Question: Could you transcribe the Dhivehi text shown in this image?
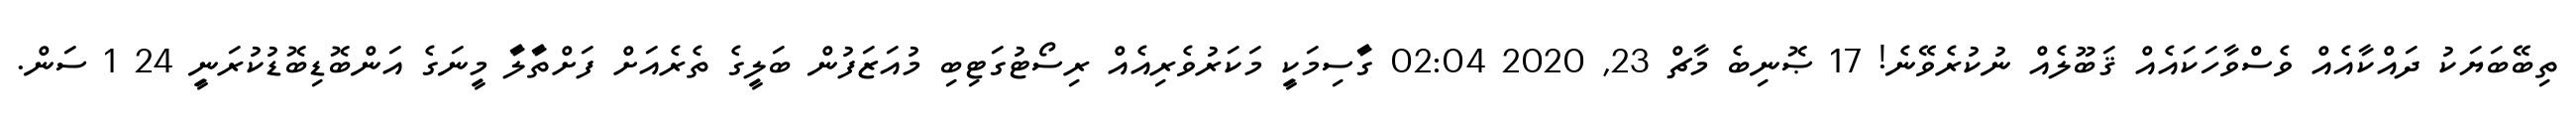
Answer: ތިބޭބަޔަކު ދައްކާއެއް ވެސްވާހަކައެއް ޤަބޫލެއް ނުކުރެވޭނެ! 17 ޞޮނިބެ މާޗް 23, 2020 02:04 ގަާސިމަކިީ މަކަރުވެރިއެއް ރިސޯޓުގަޓިބި މުއަޒަފުން ބަލިީގެ ތެރެއަށް ފަށްތަާލަާ މިީނަގެ އަންބޮޑިބޮޑުކުރަނިީ 24 1 ސަން.